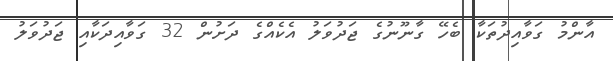
އާންމު ގަވާއިދުތަކާ ބެހޭ ގާނޫނުގެ ޖަދުވަލު އެކެއްގެ ދަށުން 32 ގަވާއިދަކާއި ޖަދުވަލު